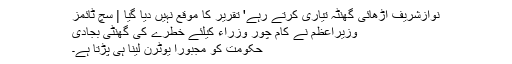
نوازشریف اڑھائی گھنٹہ تیاری کرتے رہے' تقریر کا موقع نہیں دیا گیا | سچ ٹائمز
وزیراعظم نے کام چور وزراء کیلئے خطرے کی گھنٹی بجادی
حکومت کو مجبورا یوٹرن لینا ہی پڑتا ہے۔